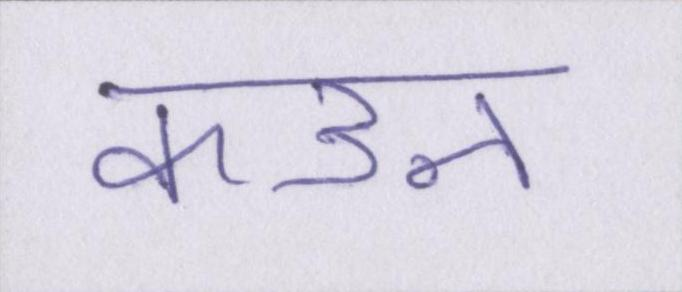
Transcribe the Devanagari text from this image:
कउन